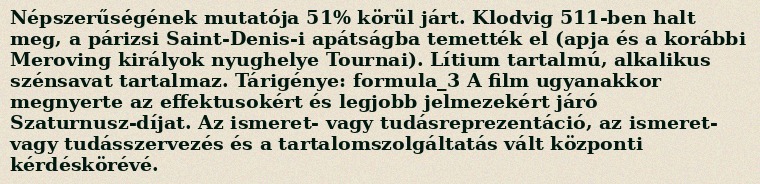
Népszerűségének mutatója 51% körül járt. Klodvig 511-ben halt meg, a párizsi Saint-Denis-i apátságba temették el (apja és a korábbi Meroving királyok nyughelye Tournai). Lítium tartalmú, alkalikus szénsavat tartalmaz. Tárigénye: formula_3 A film ugyanakkor megnyerte az effektusokért és legjobb jelmezekért járó Szaturnusz-díjat. Az ismeret- vagy tudásreprezentáció, az ismeret- vagy tudásszervezés és a tartalomszolgáltatás vált központi kérdéskörévé.